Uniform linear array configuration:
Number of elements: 24
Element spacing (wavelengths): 1
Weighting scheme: binomial
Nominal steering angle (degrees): -30
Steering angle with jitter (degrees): -28.358
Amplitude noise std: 0.05
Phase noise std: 0.05

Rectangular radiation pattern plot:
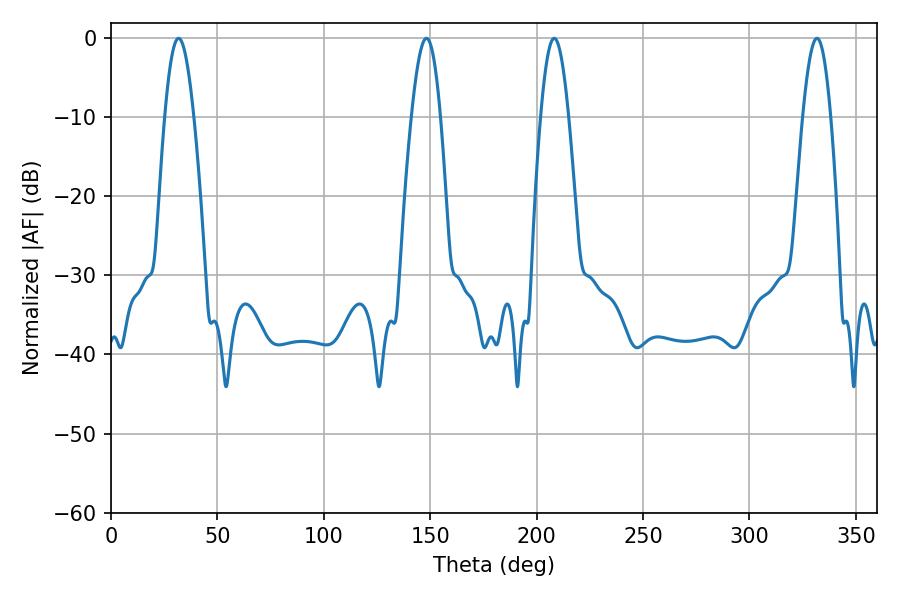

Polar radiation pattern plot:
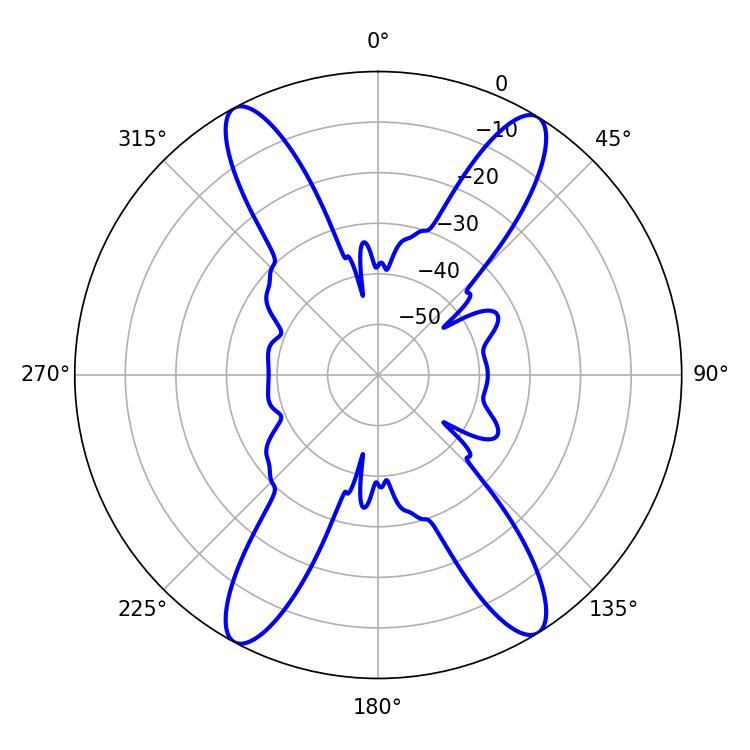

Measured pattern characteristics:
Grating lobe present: TRUE
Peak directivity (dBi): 20.08
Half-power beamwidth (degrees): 7.02
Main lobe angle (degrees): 208.26